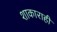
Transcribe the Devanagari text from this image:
शाकाराही